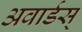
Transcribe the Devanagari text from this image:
अवार्डस्